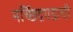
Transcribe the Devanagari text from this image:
मच्छिंद्रगडाची